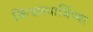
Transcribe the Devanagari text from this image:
किंग्डमधार्जिण्या